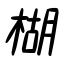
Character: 楜